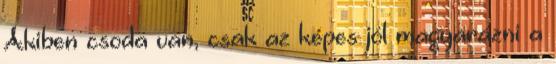
Akiben csoda van, csak az képes jól magyarázni a